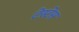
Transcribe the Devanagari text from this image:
टेस्टेस